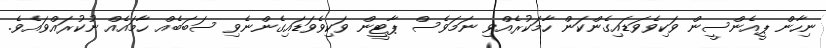
ނިހާން ޕީއެންސީން ވަކިވެވަޑައިގެންކަން ހާމަކުރެއްވި ނަމަވެސް ޕާޓީން ވަކިވެވަޑައިގެންނެވި ސަބަބެއް ހާމައެއް ނުކުރައްވައެވެ.